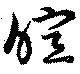
暄